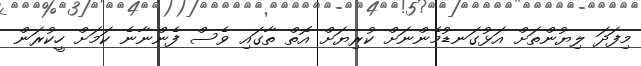
މިފަދަ ލިޔުންތަށް އަޅުގަނޑުމެންނަށް ކުރިޔަށް އޮތް ތާގައި ވެސް ފެންނާނެ ކަމަށް ހީކުރަން